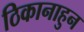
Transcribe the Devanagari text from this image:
ठिकानाहुन